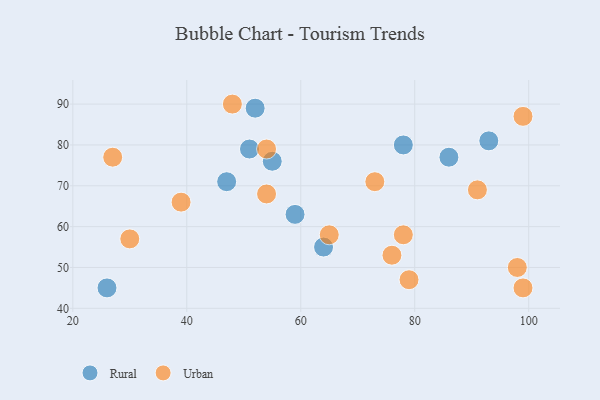
{"axis": {"x": "GDP", "y": "Life Expectancy"}, "legend": ["Rural", "Urban"], "data": [{"x": "78", "y": 80, "type": "Rural"}, {"x": "55", "y": 76, "type": "Rural"}, {"x": "47", "y": 71, "type": "Rural"}, {"x": "26", "y": 45, "type": "Rural"}, {"x": "59", "y": 63, "type": "Rural"}, {"x": "52", "y": 89, "type": "Rural"}, {"x": "86", "y": 77, "type": "Rural"}, {"x": "93", "y": 81, "type": "Rural"}, {"x": "51", "y": 79, "type": "Rural"}, {"x": "64", "y": 55, "type": "Rural"}, {"x": "30", "y": 57, "type": "Urban"}, {"x": "48", "y": 90, "type": "Urban"}, {"x": "99", "y": 87, "type": "Urban"}, {"x": "54", "y": 79, "type": "Urban"}, {"x": "98", "y": 50, "type": "Urban"}, {"x": "79", "y": 47, "type": "Urban"}, {"x": "99", "y": 45, "type": "Urban"}, {"x": "54", "y": 68, "type": "Urban"}, {"x": "27", "y": 77, "type": "Urban"}, {"x": "78", "y": 58, "type": "Urban"}, {"x": "73", "y": 71, "type": "Urban"}, {"x": "65", "y": 58, "type": "Urban"}, {"x": "76", "y": 53, "type": "Urban"}, {"x": "91", "y": 69, "type": "Urban"}, {"x": "39", "y": 66, "type": "Urban"}]}